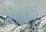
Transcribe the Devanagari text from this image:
सौरशक्तीत